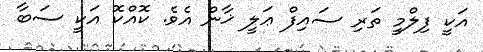
އަކީ ފިލްމީ ތަރި ސައިފް ޢަލީ ޚާން އެވެ. ކޮއްކޮ އަކީ ސަބާ